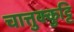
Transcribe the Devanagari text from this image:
चात्तुक्कुट्टि